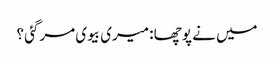
میں نے پوچھا : میری بیوی مرگئی ؟